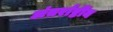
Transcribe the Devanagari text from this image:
अंतर्राष्टींय